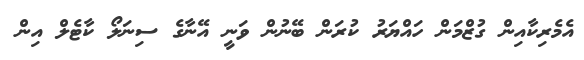
އެމެރިކާއިން ގުޒްމަން ހައްޔަރު ކުރަން ބޭނުން ވަނީ އޭނާގެ ސިނަލޯ ކާޓެލް އިން